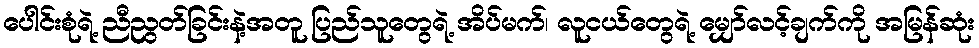
ပေါင်းစုံရဲ့ ညီညွတ်ခြင်းနဲ့အတူ ပြည်သူတွေရဲ့ အိပ်မက်၊ လူငယ်တွေရဲ့ မျှော်လင့်ချက်ကို အမြန်ဆုံး